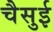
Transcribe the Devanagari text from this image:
चैसुई